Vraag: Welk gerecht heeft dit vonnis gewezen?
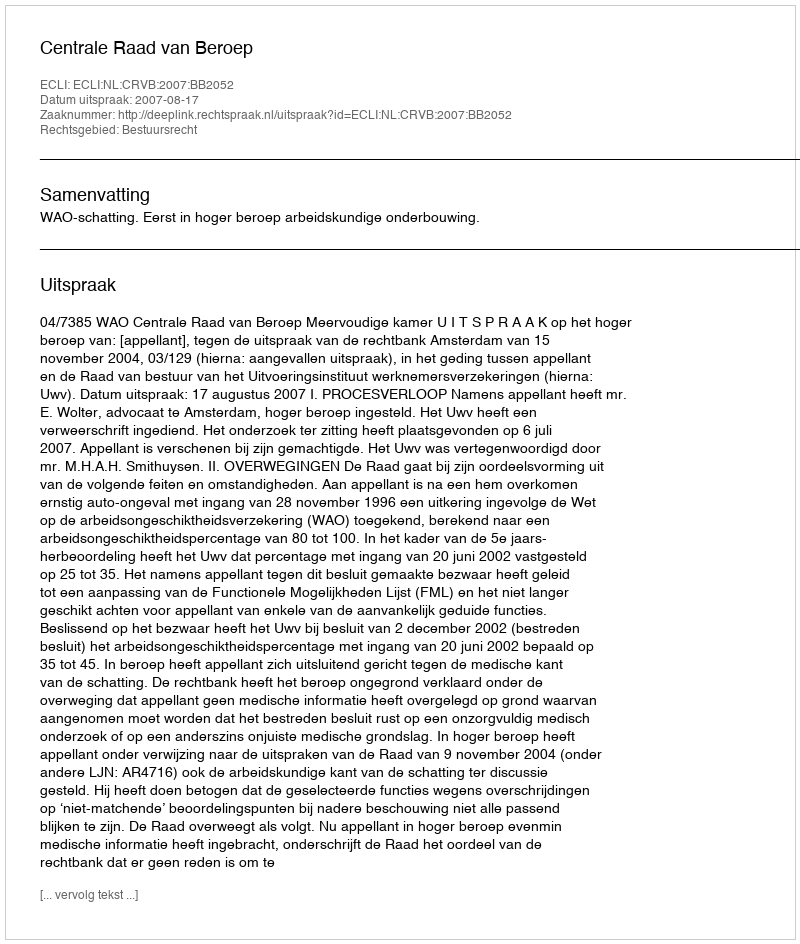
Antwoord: Centrale Raad van Beroep